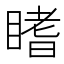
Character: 𥉙